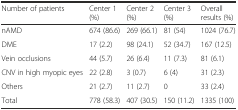
<table><thead><tr><td><b>Number of patients</b></td><td><b>Center 1 (%)</b></td><td><b>Center 2 (%)</b></td><td><b>Center 3 (%)</b></td><td><b>Overall results (%)</b></td></tr></thead><tbody><tr><td>nAMD</td><td>674 (86.6)</td><td>269 (66.1)</td><td>81 (54)</td><td>1024 (76.7)</td></tr><tr><td>DME</td><td>17 (2.2)</td><td>98 (24.1)</td><td>52 (34.7)</td><td>167 (12.5)</td></tr><tr><td>Vein occlusions</td><td>44 (5.7)</td><td>26 (6.4)</td><td>11 (7.3)</td><td>81 (6.1)</td></tr><tr><td>CNV in high myopic eyes</td><td>22 (2.8)</td><td>3 (0.7)</td><td>6 (4)</td><td>31 (2.3)</td></tr><tr><td>Others</td><td>21 (2.7)</td><td>11 (2.7)</td><td>0</td><td>33 (2.4)</td></tr><tr><td>Total</td><td>778 (58.3)</td><td>407 (30.5)</td><td>150 (11.2)</td><td>1335 (100)</td></tr></tbody></table>